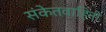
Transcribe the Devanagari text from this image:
संकेतवाहिनी